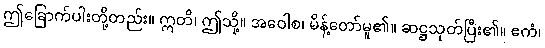
ဤခြောက်ပါးတို့တည်း။ ဣတိ၊ ဤသို့။ အဝေါစ၊ မိန့်တော်မူ၏။ ဆဋ္ဌသုတ်ပြီး၏။ ဧကံ၊